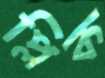
প্লিক